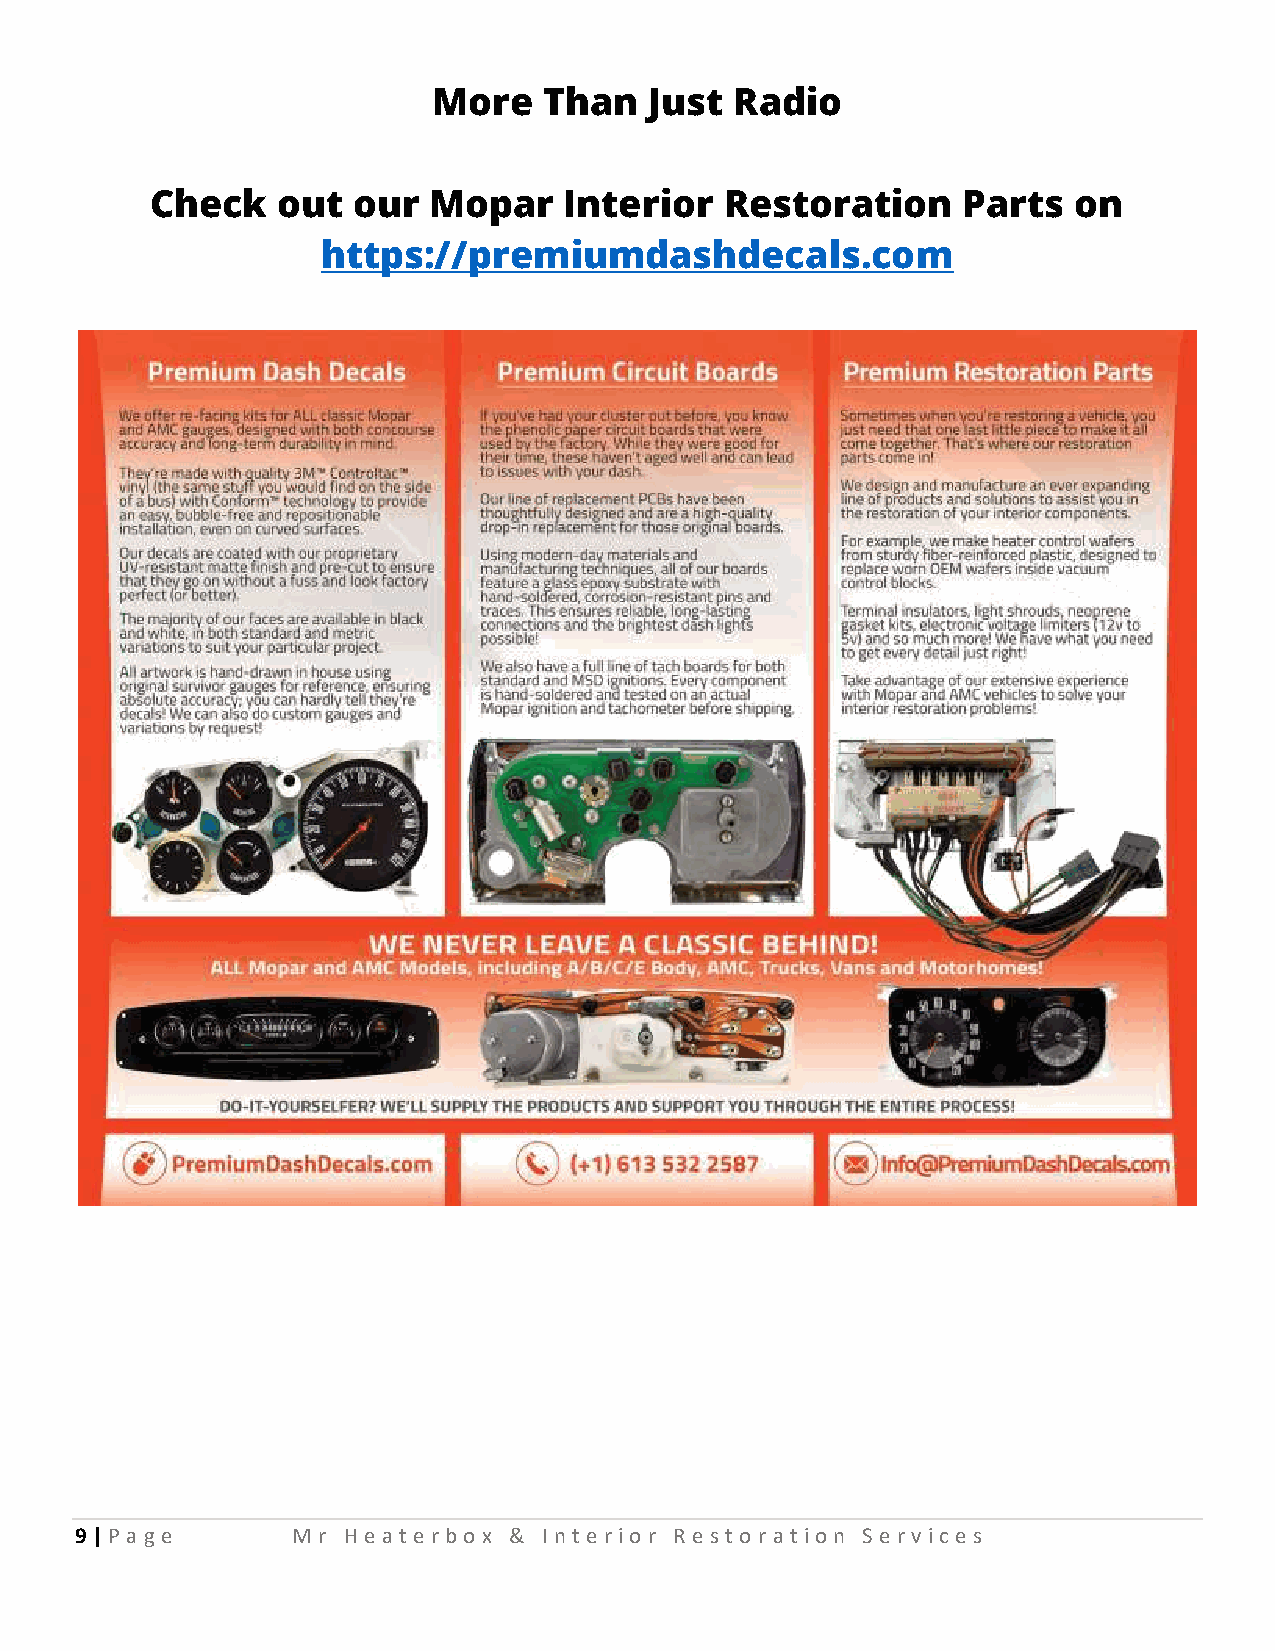
More   Than   Just  Radio
 Check   out  our  Mopar    Interior   Restoration     Parts  on
 https://premiumdashdecals.com
 9 | P a ge    Mr  He at e rbo x & Int e rio r Re st o rat io n Se rv ic e s